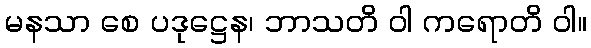
မနသာ စေ ပဒုဋ္ဌေန၊ ဘာသတိ ဝါ ကရောတိ ဝါ။